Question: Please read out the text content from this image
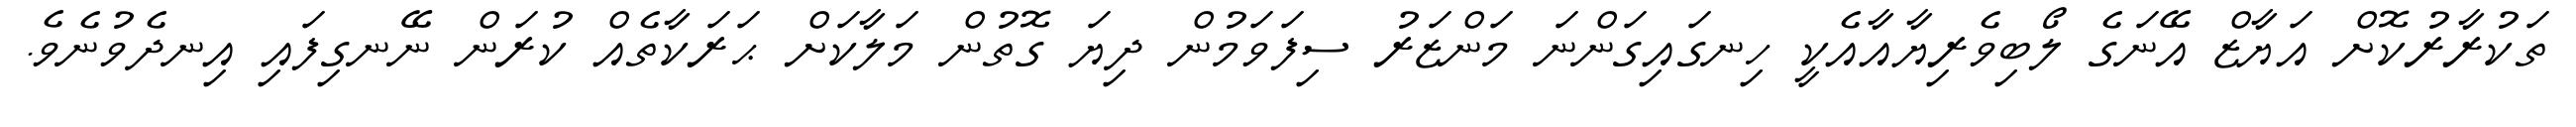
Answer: ތަކުރާރުކޮށް އަޔާޒް އޭނަގެ ލޯބިވެރިޔާއާއެކީ ހިނގައިގަންނަ މަންޒަރު ސިފަވަމުން ދިޔަ ގޮތުން މަލާކަށް ޙަރަކާތެއް ކުރަން ނޭނގިފައި އިނދެވުނެވެ.